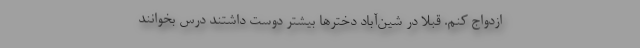
ازدواج کنم. قبلا در شین‌آباد دخترها بیشتر دوست داشتند درس بخوانند